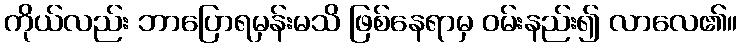
ကိုယ်လည်း ဘာပြောရမှန်းမသိ ဖြစ်နေရာမှ ဝမ်းနည်း၍ လာလေ၏။